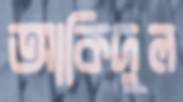
আকিদুল